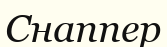
Снаппер